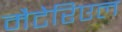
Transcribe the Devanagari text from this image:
मैटेरिएल